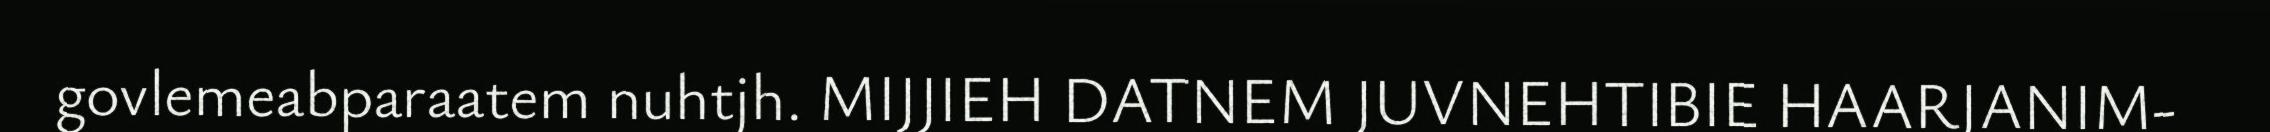
govlemeabparaatem nuhtjh. MIJJIEH DATNEM JUVNEHTIBIE HAARJANIM-